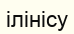
ілінісу